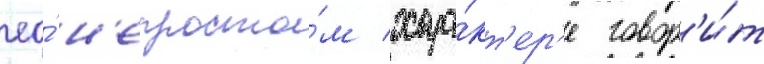
ео́ н'епросто́м хара́кт'ер'е говор'и́т